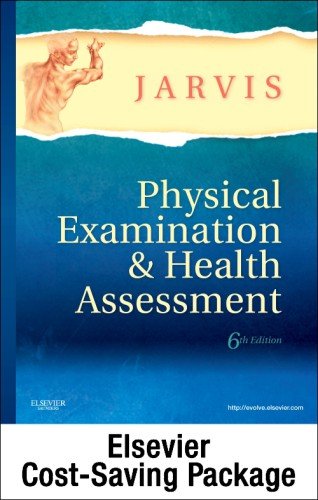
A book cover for Health Assessment Online for Physical Examination and Health Assessment (User Guide, Access Code and Textbook Package), 6e; Carolyn Jarvis PhD  APN  CNP; Medical Books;